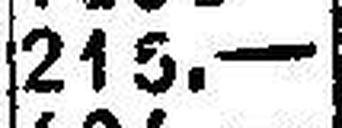
215.—